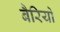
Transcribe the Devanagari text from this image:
बैरियो